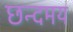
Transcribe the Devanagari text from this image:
छन्दमय